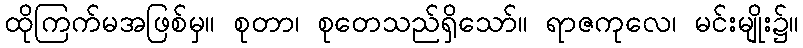
ထိုကြက်မအဖြစ်မှ။ စုတာ၊ စုတေသည်ရှိသော်။ ရာဇကုလေ၊ မင်းမျိုး၌။